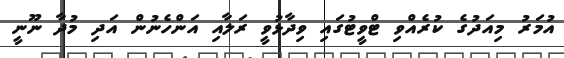
އުމަރު މިއަދުގެ ކުރެއްވި ޓްވީޓުގައި ވިދާޅުވީ ރަލާއި އަންހެނުން އަދި މުދާ ނޫނީ